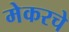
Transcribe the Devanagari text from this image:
मेकरचे